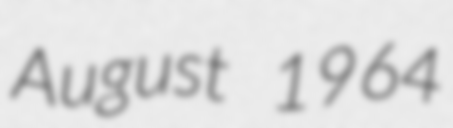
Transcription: August 1964